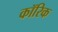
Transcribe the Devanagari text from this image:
कॉरिक